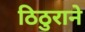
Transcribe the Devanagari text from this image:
ठिठुराने